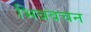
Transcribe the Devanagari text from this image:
भिन्नवचन